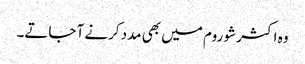
وہ اکثر شو روم میں بھی مدد کرنے آ جاتے۔